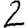
Digit: 2